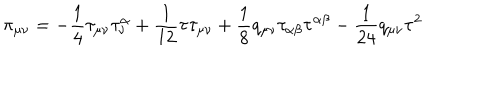
\pi _ { \mu \nu } = - \frac { 1 } { 4 } \tau _ { \mu \nu } \tau _ { \nu } ^ { \alpha } + \frac { 1 } { 1 2 } \tau \tau _ { \mu \nu } + \frac { 1 } { 8 } q _ { \mu \nu } \tau _ { \alpha \beta } \tau ^ { \alpha \beta } - \frac { 1 } { 2 4 } q _ { \mu \nu } \tau ^ { 2 }